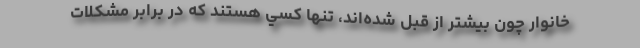
خانوار چون بيشتر از قبل شده‌اند، تنها كسي هستند كه در برابر مشكلات